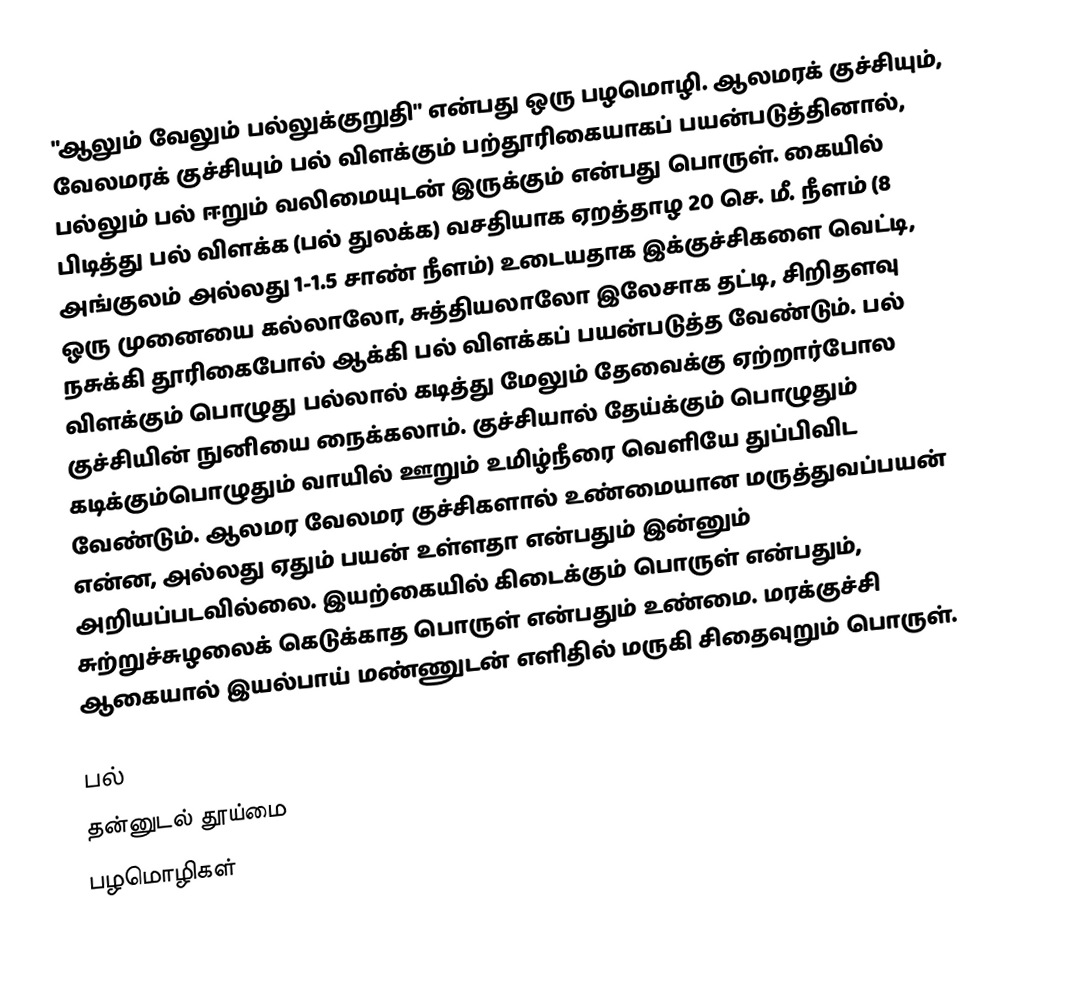
"ஆலும் வேலும் பல்லுக்குறுதி" என்பது ஒரு பழமொழி. ஆலமரக் குச்சியும், வேலமரக் குச்சியும் பல் விளக்கும் பற்தூரிகையாகப் பயன்படுத்தினால், பல்லும் பல் ஈறும் வலிமையுடன் இருக்கும் என்பது பொருள். கையில் பிடித்து பல் விளக்க (பல் துலக்க) வசதியாக ஏறத்தாழ 20 செ. மீ. நீளம் (8 அங்குலம் அல்லது 1-1.5 சாண் நீளம்) உடையதாக இக்குச்சிகளை வெட்டி, ஒரு முனையை கல்லாலோ, சுத்தியலாலோ இலேசாக தட்டி, சிறிதளவு நசுக்கி தூரிகைபோல் ஆக்கி பல் விளக்கப் பயன்படுத்த வேண்டும். பல் விளக்கும் பொழுது பல்லால் கடித்து மேலும் தேவைக்கு ஏற்றார்போல குச்சியின் நுனியை நைக்கலாம். குச்சியால் தேய்க்கும் பொழுதும் கடிக்கும்பொழுதும் வாயில் ஊறும் உமிழ்நீரை வெளியே துப்பிவிட வேண்டும். ஆலமர வேலமர குச்சிகளால் உண்மையான மருத்துவப்பயன் என்ன, அல்லது ஏதும் பயன் உள்ளதா என்பதும் இன்னும் அறியப்படவில்லை. இயற்கையில் கிடைக்கும் பொருள் என்பதும், சுற்றுச்சுழலைக் கெடுக்காத பொருள் என்பதும் உண்மை. மரக்குச்சி ஆகையால் இயல்பாய் மண்ணுடன் எளிதில் மருகி சிதைவுறும் பொருள்.

பல்
தன்னுடல் தூய்மை
பழமொழிகள்